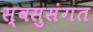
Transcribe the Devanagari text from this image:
स्वसुसंगत